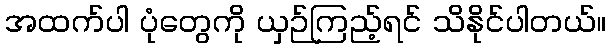
အထက်ပါ ပုံတွေကို ယှဉ်ကြည့်ရင် သိနိုင်ပါတယ်။